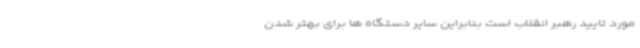
مورد تایید رهبر انقلاب است بنابراین سایر دستگاه ها برای بهتر شدن